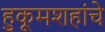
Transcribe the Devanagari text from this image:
हुकूमशहांचे